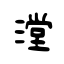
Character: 漟